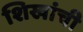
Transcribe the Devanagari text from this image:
शिखांची